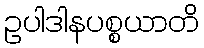
ဥပါဒါနပစ္စယာတိ